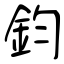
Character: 鈞